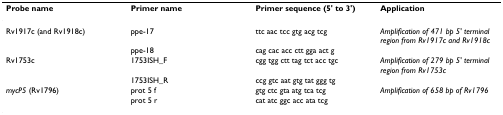
<table><thead><tr><td><b>Probe name</b></td><td><b>Primer name</b></td><td><b>Primer sequence (5&#x27; to 3&#x27;)</b></td><td><b>Application</b></td></tr></thead><tbody><tr><td>Rv1917c (and Rv1918c)</td><td>ppe-17</td><td>ttc aac tcc gtg acg tcg</td><td><i>Amplification of 471 bp 5&#x27; terminal region from Rv1917c and Rv1918c</i></td></tr><tr><td></td><td>ppe-18</td><td>cag cac acc ctt gga act g</td><td></td></tr><tr><td>Rv1753c</td><td>1753ISH_F</td><td>cgg tgg ctt tag tct acc tgc</td><td><i>Amplification of 279 bp 5&#x27; terminal region from Rv1753c</i></td></tr><tr><td></td><td>1753ISH_R</td><td>ccg gtc aat gtg tat ggg tg</td><td></td></tr><tr><td><i>mycP5 </i>(Rv1796)</td><td>prot 5 f</td><td>gtg ctc gta atg tca tcg</td><td><i>Amplification of 658 bp of Rv1796</i></td></tr><tr><td></td><td>prot 5 r</td><td>cat atc ggc acc ata tcg</td><td></td></tr></tbody></table>